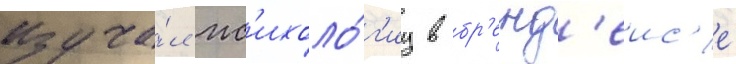
Изуча́л пс'ихоло́г'иу в бр'енд'еис'е